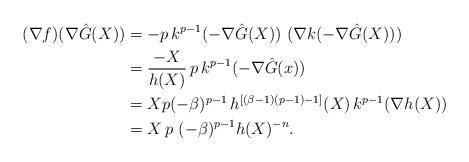
LaTeX: \begin{align*}(\nabla f) (\nabla \hat G(X)) &= -p\,k^{p-1} (-\nabla \hat G (X))\, \, (\nabla k (-\nabla \hat G(X)) ) \\ & = \frac{-X}{h(X)} \, p \, k^{p-1} (-\nabla \hat G (x) ) \\ &= X p (-\beta)^{p-1} \, h^{[( \beta - 1 )(p - 1) - 1 ] } (X) \, k^{p-1} (\nabla h (X)) \\ &= X \, p\,\, (-\beta)^{p-1} h(X)^{-n}.\end{align*}